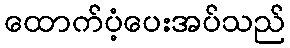
ထောက်ပံ့ပေးအပ်သည်